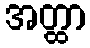
အတ္ထာ